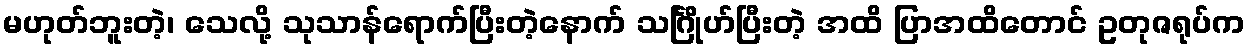
မဟုတ်ဘူးတဲ့၊ သေလို့ သုသာန်ရောက်ပြီးတဲ့နောက် သင်္ဂြိုဟ်ပြီးတဲ့ အထိ ပြာအထိတောင် ဥတုဇရုပ်က